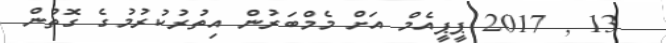
13